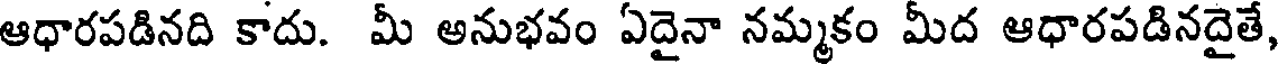
ఆధారపడినది కాదు. మీ అనుభవం ఏదైనా నమ్మకం మీద ఆధారపడినదైతే,